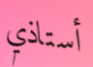
أستاذي